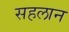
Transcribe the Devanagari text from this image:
सहलान